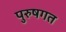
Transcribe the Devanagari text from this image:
पुरुषगत